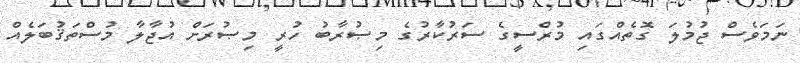
ނަމަވެސް ޖުމުލަ ގޮތެއްގައި މުރްސީގެ ސަރުކާރުގެ މިޞުރާބު ހުރީ މިޞުރަށް އުޖާލާ މުސްތަޤުބަލެއް